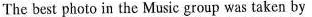
The best photo in the Music group was taken by